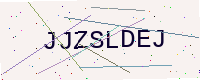
Text: JJZSLDEJ